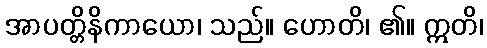
အာပတ္တိနိကာယော၊ သည်။ ဟောတိ၊ ၏။ ဣတိ၊